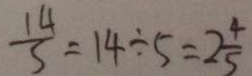
\frac { 1 4 } { 5 } = 1 4 \div 5 = 2 \frac { 4 } { 5 }